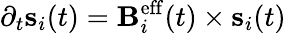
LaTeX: \partial_{t}{\mathbf s}_{i}(t)={\mathbf B}_{i}^{\mathrm{eff}}(t)\times{\mathbf s}_{i}(t)